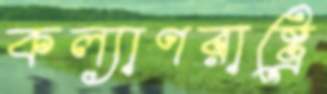
কল্যাণরাষ্ট্রে